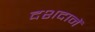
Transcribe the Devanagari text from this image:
दशदानें